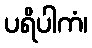
ပရိပါကံ၊